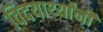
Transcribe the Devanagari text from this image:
विदयार्थ्‍यांनी